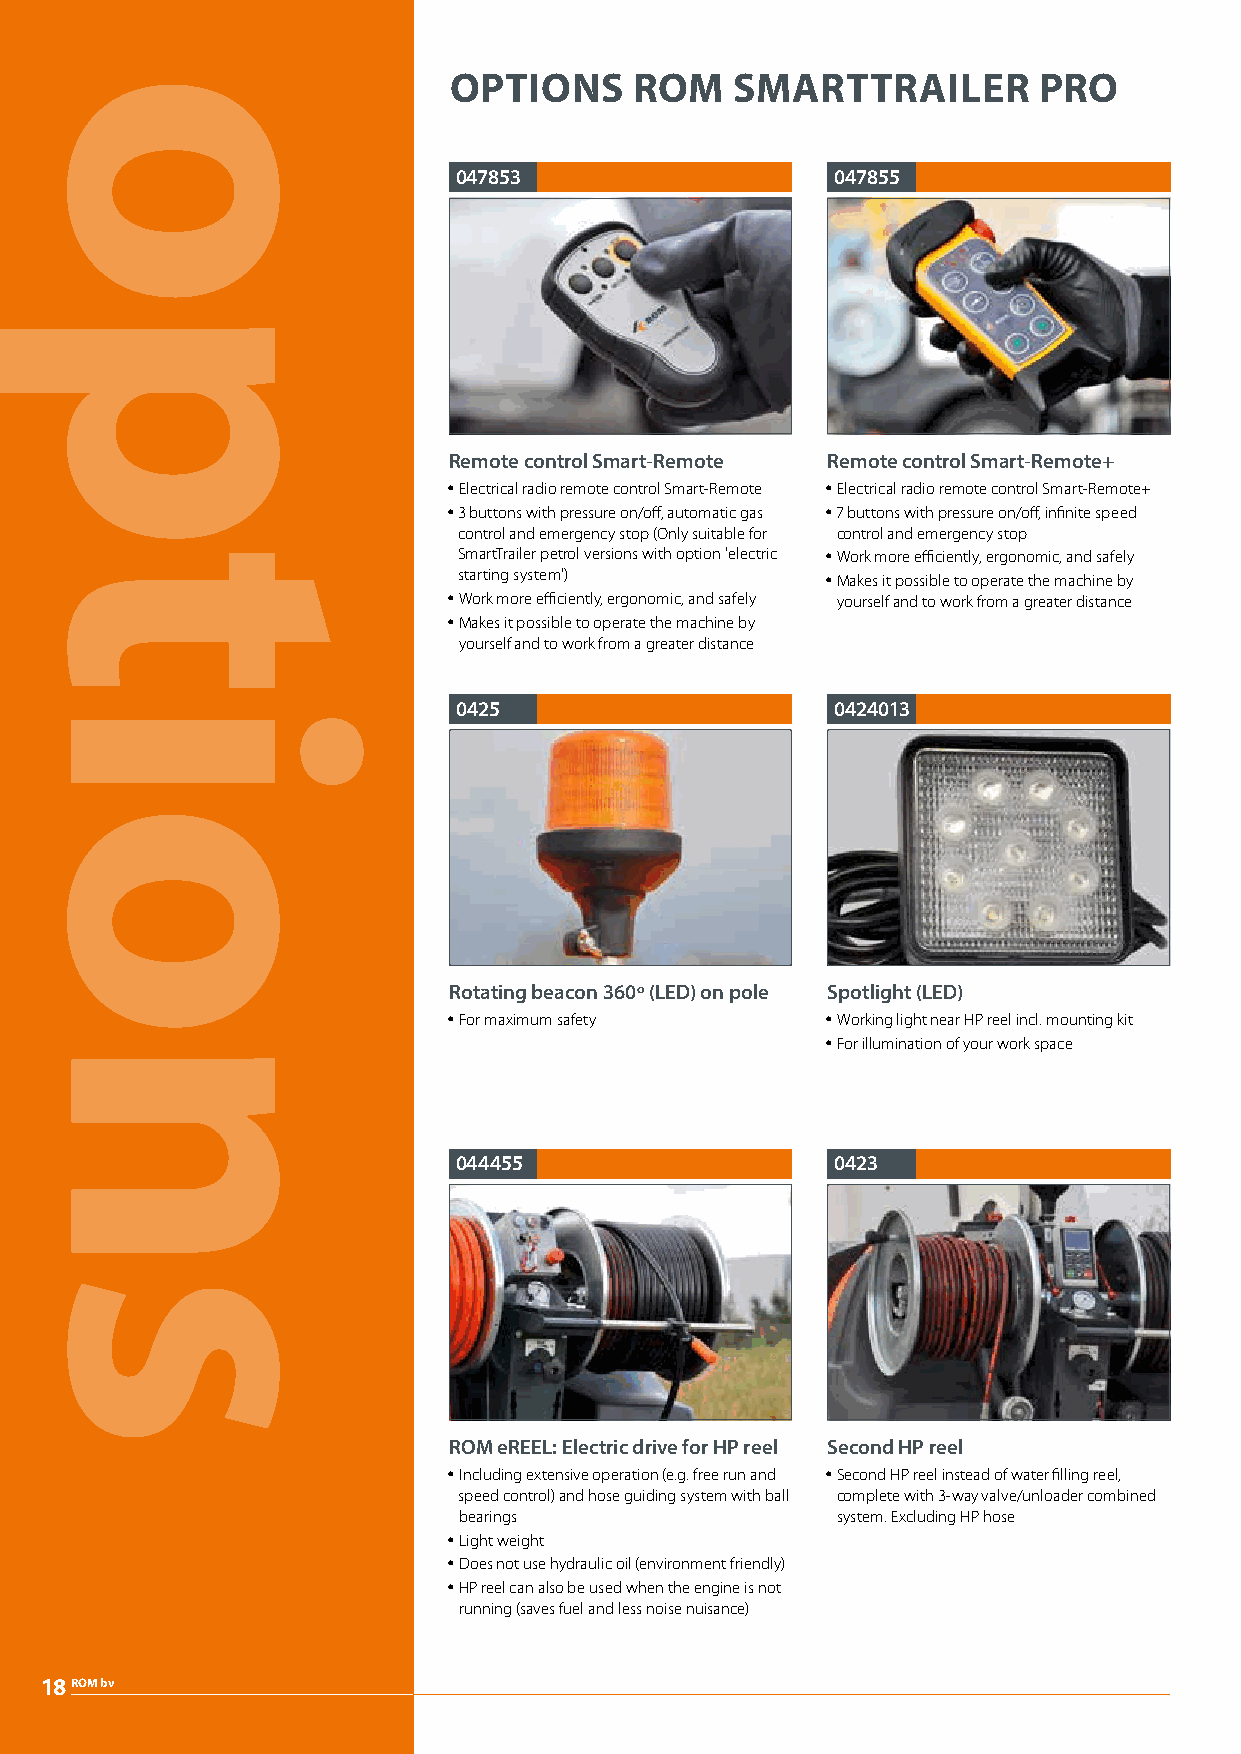
OPTIONS     ROM    SMARTTRAILER        PRO
 047853                   047855
 Remote control Smart-Remote Remote control Smart-Remote+
 y Electrical radio remote control Smart-Remote y Electrical radio remote control Smart-Remote+
 y 3 buttons with pressure on/off, automatic gas y 7 buttons with pressure on/off, infinite speed
 control and emergency stop (Only suitable for control and emergency stop
 SmartTrailer petrol versions with option 'electric y Work more efficiently, ergonomic, and safely
 starting system')        y Makes it possible to operate the machine by
 y Work more efficiently, ergonomic, and safely yourself and to work from a greater distance
 y Makes it possible to operate the machine by
 yourself and to work from a greater distance
 0425                     0424013
 Rotating beacon 360º (LED) on pole Spotlight (LED)
 y For maximum safety     y Working light near HP reel incl. mounting kit
 y For illumination of your work space
 044455                   0423
 ROM eREEL: Electric drive for HP reel Second HP reel
 y Including extensive operation (e.g. free run and y Second HP reel instead of water filling reel,
 speed control) and hose guiding system with ball complete with 3-way valve/unloader combined
 bearings                 system. Excluding HP hose
 y Light weight
 y Does not use hydraulic oil (environment friendly)
 y HP reel can also be used when the engine is not
 running (saves fuel and less noise nuisance)
 18ROM bv
 options